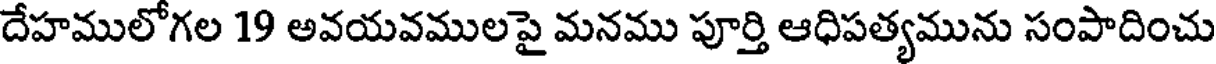
దేహములోగల 19 అవయవములపై మనము పూర్తి ఆధిపత్యమును సంపాదించు